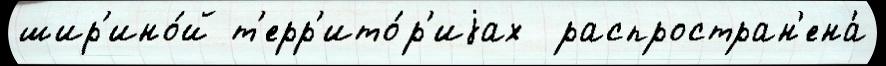
шир'ино́й т'ерр'ито́р'иjах  распростран'ена́